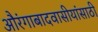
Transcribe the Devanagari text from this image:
औरंगाबादवासीयांसाठी